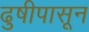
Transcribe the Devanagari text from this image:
ढुषीपासून